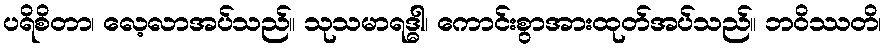
ပရိစိတာ၊ လေ့လာအပ်သည်။ သုသမာရဒ္ဓါ၊ ကောင်းစွာအားထုတ်အပ်သည်။ ဘဝိဿတိ၊